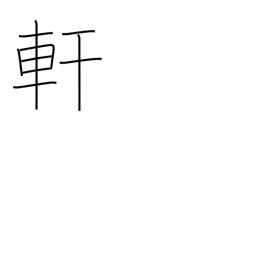
Meaning: eaves